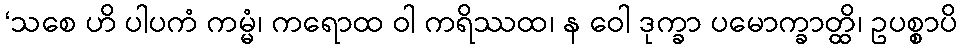
‘သစေ ဟိ ပါပကံ ကမ္မံ၊ ကရောထ ဝါ ကရိဿထ၊ န ဝေါ ဒုက္ခာ ပမောက္ခာတ္ထိ၊ ဥပစ္စာပိ